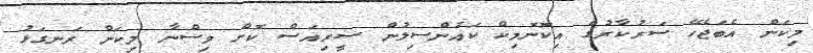
މިކަން އެބަޖެހޭ ސަރުކާރުގެ އިކޮނޮމިކް ކައުންސިލުން ސީރިއަސް ކޮށް ވިސްނާ މިކަން ރަނގަޅު